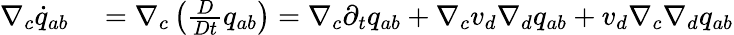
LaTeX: \begin{array}{rl}{\nabla_{c}\dot{q}_{ab}}&{{}=\nabla_{c}\left(\frac{D}{Dt}{q}_{ab}\right)=\nabla_{c}\partial_{t}q_{ab}+\nabla_{c}v_{d}\nabla_{d}q_{ab}+v_{d}\nabla_{c}\nabla_{d}q_{ab}}\end{array}